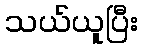
သယ်ယူပြီး